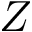
Z